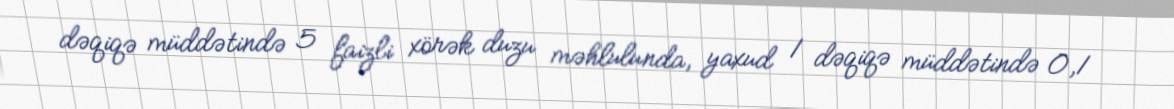
dəqiqə müddətində 5 faizli xörək duzu məhlulunda, yaxud 1 dəqiqə müddətində 0,1